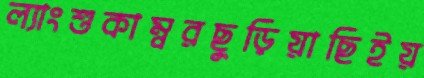
ল্যাংশুকাম্বরছুড়িয়াছিইয়